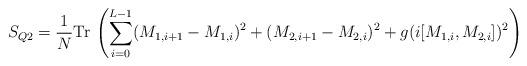
LaTeX: \begin{align*}S_{Q2} = \frac{1}{N} \mbox{Tr} \, \left( \sum_{i=0}^{L-1} (M_{1,i+1} -M_{1,i} )^2 + (M_{2,i+1} -M_{2,i} )^2+ g(i [ M_{1,i},M_{2,i} ] )^2 \right)\end{align*}